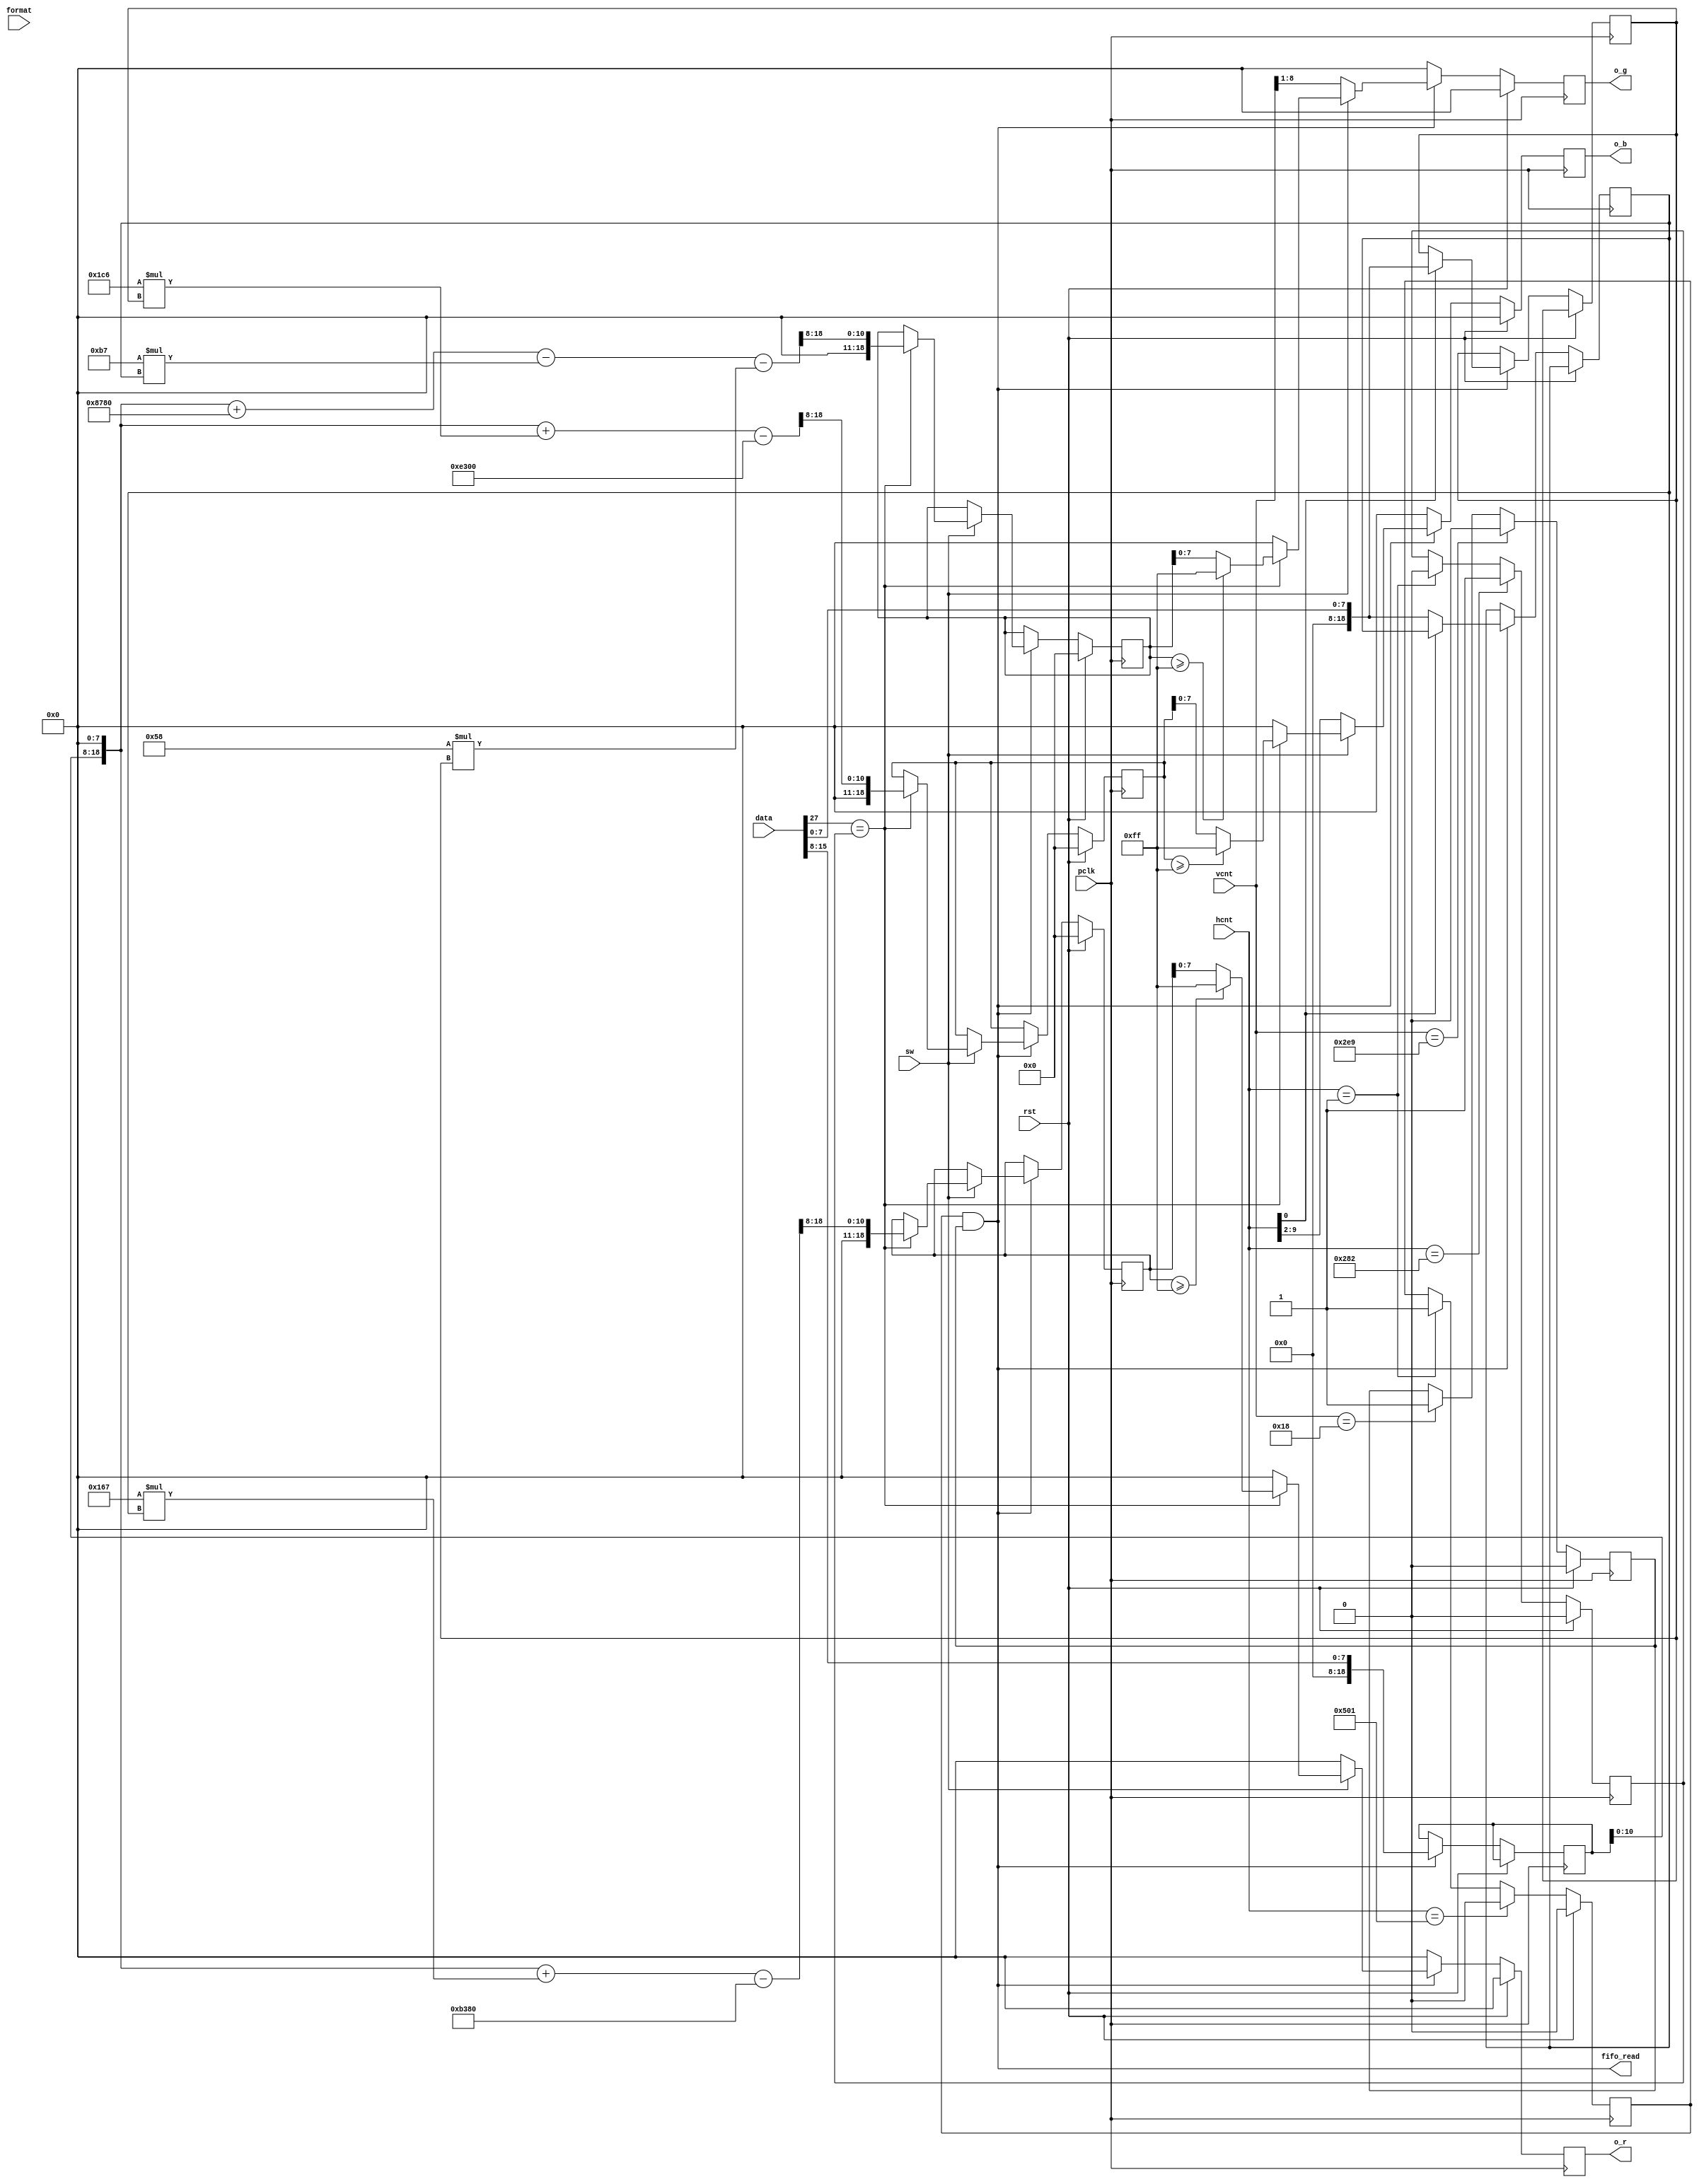
module yub2rgb (
	input  wire        pclk,     //74.25 MHZ pixel clock
	input  wire        rst,   
	input  wire [1:0]  format,
	input  wire [11:0] vcnt, //vertical counter from video timing generator
	input  wire [11:0] hcnt, //horizontal counter from video timing generator
	output wire        fifo_read,
	input  wire [28:0] data,
	input  wire        sw,

	output wire [7:0]  o_r,
	output wire [7:0]  o_g,
	output wire [7:0]  o_b
);

wire [1:0]  x_count;
wire [10:0] y_count;

assign x_count = data[28:27];
assign y_count = data[26:16];

//------------------------------------------------------------
//  Determine the Data Space or  Blank Space
//------------------------------------------------------------
`ifndef NO
parameter hstart = 12'd1;
parameter hfin   = 12'd1281;
parameter vstart = 12'd24;
parameter vfin   = 12'd745;
`else
parameter hstart = 12'd1;
parameter hfin   = 12'd1281;
parameter vstart = 12'd25;
parameter vfin   = 12'd745;
`endif

reg hactive,vactive;
reg xblock;
reg [18:0] Y, Cb, Cr, a_r, a_g, a_b;
reg [7:0] b_r, b_g, b_b;

always @ (posedge pclk) begin
	if(rst) begin
		hactive  <= 1'b0;
		vactive  <= 1'b0;
		a_r      <= 19'h00;
		a_g      <= 19'h00;
		a_b      <= 19'h00;
		b_r      <= 8'h00;
		b_g      <= 8'h00;
		b_b      <= 8'h00;
		xblock   <= 1'b0;
	end else begin
		if(hcnt == hstart) begin
			hactive <= 1'b1;
			xblock  <= 1'b0;
		end

		if(hcnt == (hstart + 641))
			xblock  <= 1'b1;

		if(hcnt == hfin) 
			hactive <= 1'b0;
	
		if(vcnt == vstart) 
			vactive <= 1'b1;

		if(vcnt == vfin) 
			vactive <= 1'b0;

		if (hactive & vactive) begin
			Y <= {11'b0,data[15:8]};
			if (hcnt[0] == 1'b0)
				Cr <= {11'b0, data[7:0]};
			else
				Cb <= {11'b0, data[7:0]};
			if (sw) begin
				if (x_count[0] == xblock) begin
					a_r <= ( (Y<<8) + (19'b1_0110_0111*Cr) - 19'hb380)>>8;
					a_g <= ( (Y<<8) + 19'h8780 - (19'b1011_0111*Cr) - (19'b0101_1000*Cb) )>>8;
					a_b <= ( (Y<<8) + (19'b1_1100_0110*Cb) - 19'he300)>>8;
					b_r <= (a_r >= 19'hff) ? 8'hff : a_r[7:0];
					b_g <= (a_g >= 19'hff) ? 8'hff : a_g[7:0];
					b_b <= (a_b >= 19'hff) ? 8'hff : a_b[7:0];
				end else begin
					b_b <= 8'h0;
					b_g <= 8'h0;
					b_r <= 8'h0;
				end
			end else begin
				b_b <= hcnt[9:2];
				b_g <= vcnt[8:1];
				b_r <= 8'h0;
			end
		end else begin
			b_b <= 8'h00;
			b_g <= 8'h00;
			b_r <= 8'h00;
		end
	end
end

assign fifo_read = (hactive & vactive);
assign o_r = b_r[7:0];
assign o_g = b_g[7:0];
assign o_b = b_b[7:0];

endmodule